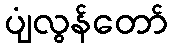
ပျံလွန်တော်